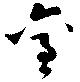
金